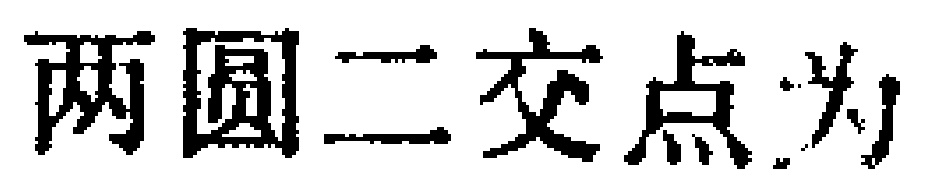
两圆二交点为